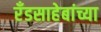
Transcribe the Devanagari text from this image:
रँडसाहेबांच्या